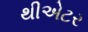
થીએટર